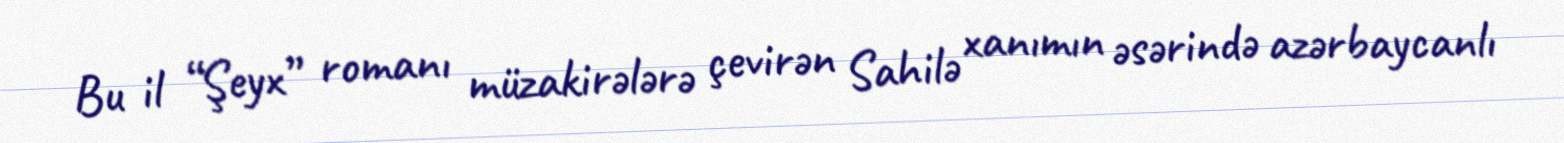
Bu il “Şeyx” romanı müzakirələrə çevirən Sahilə xanımın əsərində azərbaycanlı